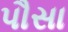
પૌસા